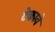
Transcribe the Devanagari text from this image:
टेकावे